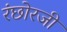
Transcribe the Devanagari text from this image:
रंछोरजी